Sketch of the medical history of the native army of Bombay, for the year
Year: 1872
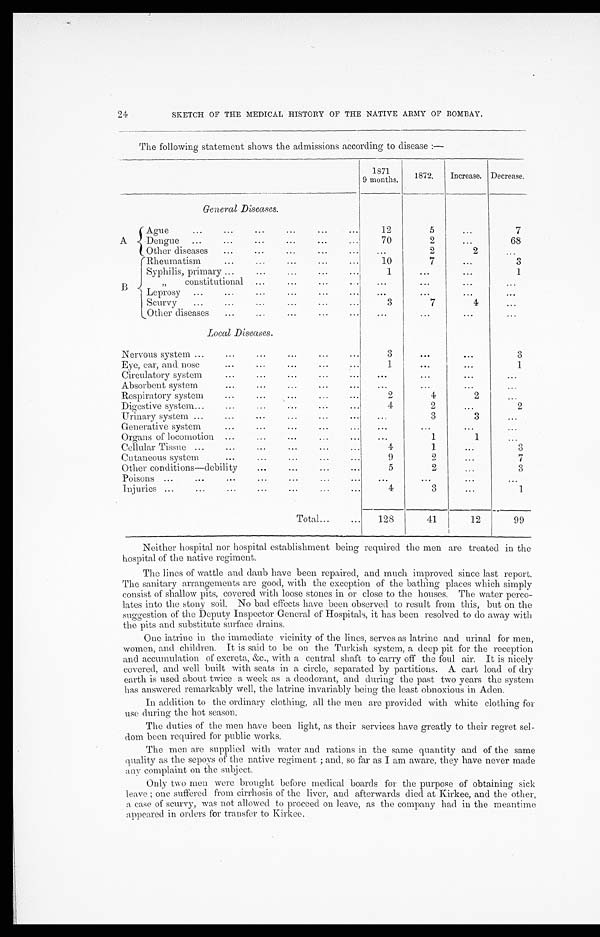
24
SKETCH OF THE MEDICAL HISTORY OF THE NATIVE ARMY OF BOMBAY.
The following statement shows the admissions according to disease:—
1871
9 months.
1872.
Increase. Decrease.
General Diseases.
A
Ague . . .
12
5
. . .
7
Dengue . . .
70
2
. . .
68
Other diseases . . .
. . .
2
2
. . .
B
Rheumatism . . .
10
7
. . .
3
Syphilis, primary . . .
1
. . .
. . .
1
" constitutional . . .
. . .
. . .
. . .
. . .
Leprosy . . .
. . .
. . .
. . .
. . .
S c u r v y . . .
3
7
4
. . .
Other diseases . . .
. . .
. . .
. . .
. . .
Local Diseases.
Nervous system . . .
3
. . .
. . .
3
Eye, ear, and nose . . .
1
. . .
. . .
1
Circulatory system . . .
. . .
. . .
. . .
. . .
Absorbent system . . .
. . .
. . .
. . .
. . .
Respiratory system . . .
2
4
2
. . .
Digestive system . . .
4
2
. . .
2
Urinary system . . .
. . .
3
3
. . .
Generative system . . .
. . .
. . .
. . .
. . .
Organs of locomotion . . .
. . .
1
1
. . .
Cellular Tissue . . .
4
1
. . .
3
Cutaneous system . . .
9
2
. . .
7
Other conditions—debility . . .
5
2
. . .
3
Poisons . . .
. . .
. . .
. . .
. . .
Injuries . . .
4
3
. . .
1
Total . . .
128
41
12
99
Neither hospital nor hospital establishment being required the men are treated in the
hospital of the native regiment.
The lines of wattle and daub have been repaired, and much improved since last report.
The sanitary arrangements are good, with the exception of the bathing places which simply
consist of shallow pits, covered with loose stones in or close to the houses. The water perco
- l a t e s i n t o t h e s t o n y s o i l . N o b a d e f f e c t s h a v e b e e n o b s e r v e d t o r e s u l t f r o m t h i s , b u t o n t h e
suggestion of the Deputy Inspector General of Hospitals, it has been resolved to do away with
the pits and substitute surface drains.
One latrine in the immediate vicinity of the lines, serves as latrine and urinal for men,
women, and children. It is said to be on the Turkish system, a deep pit for the reception
and accumulation of excreta, &c., with a central shaft to carry off the foul air. It is nicely
covered, and well built with seats in a circle, separated by partitions. A cart load of dry
earth is used about twice a week as a deodorant, and during the past two years the system
has answered remarkably well, the latrine invariably being the least obnoxious in Aden.
In addition to the ordinary clothing, all the men are provided with white clothing for
use during the hot season.
The duties of the men have been light, as their services have greatly to their regret sel
-dom been required for public works.
The men are supplied with water and rations in the same quantity and of the same
quality as the sepoys of the native regiment; and, so far as I am aware, they have never made
any complaint on the subject.
Only two men were brought before medical boards for the purpose of obtaining sick
leave; one suffered from cirrhosis of the liver, and afterwards died at Kirkee, and the other,
a case of scurvy, was not allowed to proceed on leave, as the company had in the meantime
appeared in orders for transfer to Kirkee.